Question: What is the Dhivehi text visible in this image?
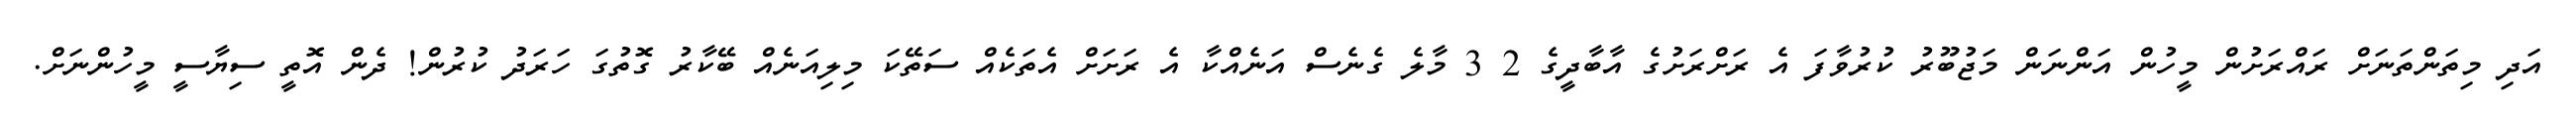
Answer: އަދި މިތަންތަނަށް ރައްރަށުން މީހުން އަންނަން މަޖުބޫރު ކުރުވާފަ އެ ރަށްރަށުގެ އާބާދީގެ 2 3 މާލެ ގެނެސް އަނެއްކާ އެ ރަށަށް އެތަކެއް ސަތޭކަ މިލިއަނެއް ބޭކާރު ގޮތުގަ ހަރަދު ކުރުން! ދެން އޮތީ ސިޔާސީ މީހުންނަށް.